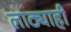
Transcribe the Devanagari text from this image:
लाठ्याही